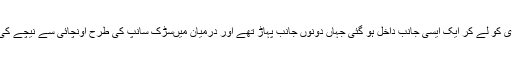
سیدھی سڑک ہماری گاڑی کو لے کر ایک ایسی جانب داخل ہو گئی جہاں دونوں جانب پہاڑ تھے اور درمیان میںسڑک سانپ کی طرح اونچائی سے نیچے کی جانب سرک ر ہی تھی ۔